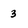
Character: 3